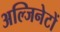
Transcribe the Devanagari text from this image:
अल्जिनेटों